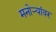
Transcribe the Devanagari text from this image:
मनोऱ्यांवर